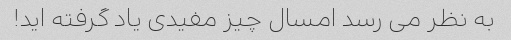
به نظر می رسد امسال چیز مفیدی یاد گرفته اید!